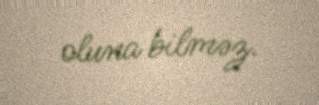
oluna bilməz.